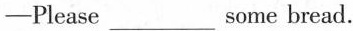
——Please___some bread.